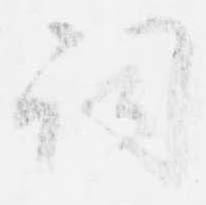
詞